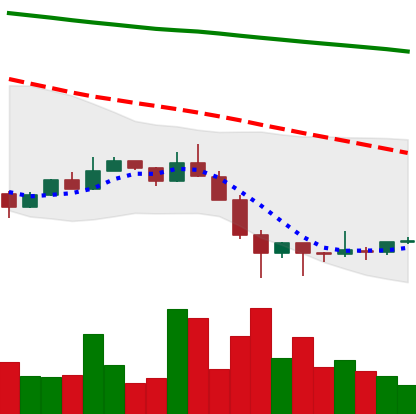
Ticker: ETC-USD
Chart end date: 2022-01-29
Forward return: 10.229%
Label: up_7plus